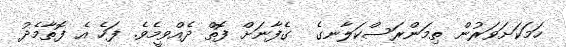
ހަމަކަށަވަރުން ތިމަންރަސްކަލާނގެ  ގެފާނަށް ފޮތް ދެއްވީމެވެ. ފަހެ އެ ފޮތާމެދު